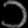
Digit: ၁